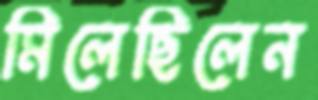
মিলেছিলেন